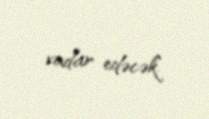
vadar edəcək.